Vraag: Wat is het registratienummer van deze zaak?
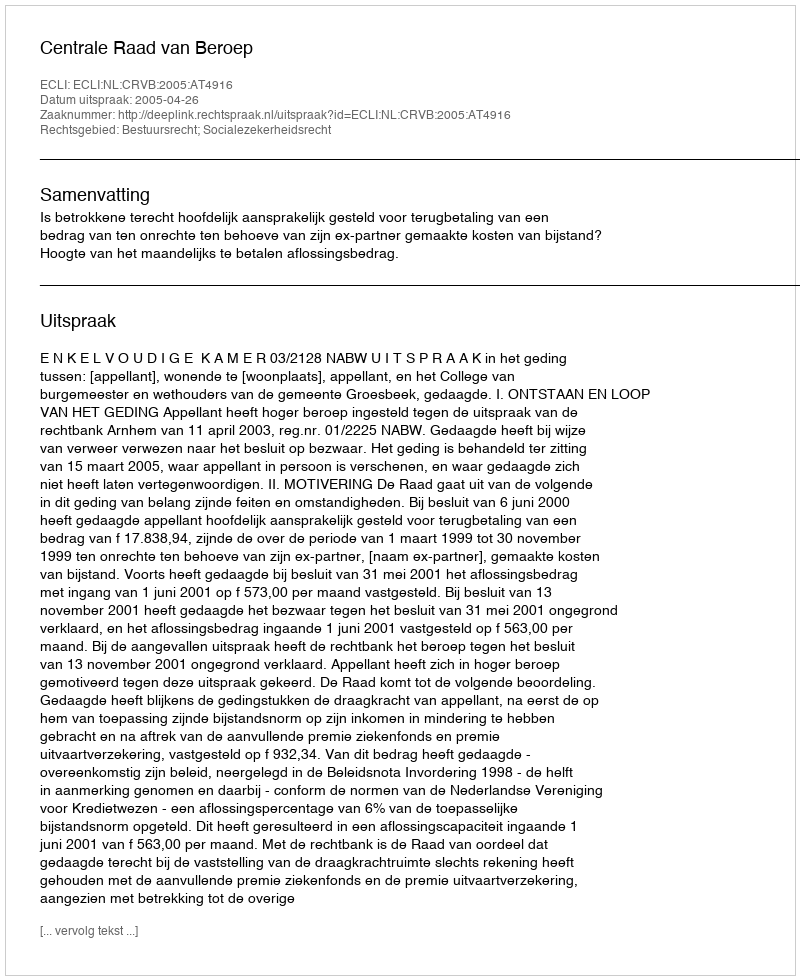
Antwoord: http://deeplink.rechtspraak.nl/uitspraak?id=ECLI:NL:CRVB:2005:AT4916